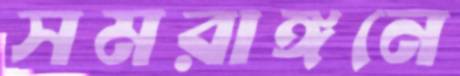
সমরাঙ্গনে